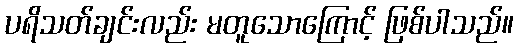
ပရိသတ်ချင်းလည်း မတူသောကြောင့် ဖြစ်ပါသည်။